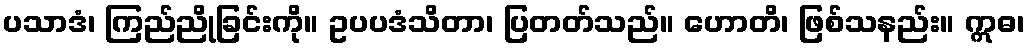
ပသာဒံ၊ ကြည်ညိုခြင်းကို။ ဥပပဒံသိတာ၊ ပြတတ်သည်။ ဟောတိ၊ ဖြစ်သနည်း။ ဣဓ၊